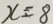
x = 8